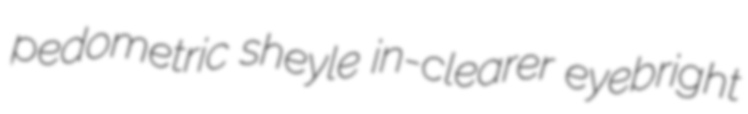
pedometric sheyle in-clearer eyebright